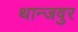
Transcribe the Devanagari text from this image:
थान्जवुर